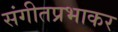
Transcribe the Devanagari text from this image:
संगीतप्रभाकर